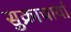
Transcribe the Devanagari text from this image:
सुक्राचार्या